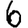
Digit: 6